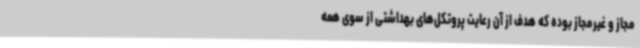
مجاز و غیرمجاز بوده که هدف از آن رعایت پروتکل‌های بهداشتی از سوی همه